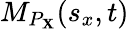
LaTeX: M_{P_{\mathbf{X}}}(s_{x},t)